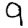
Digit: 9